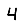
Digit: 4